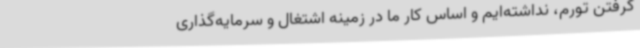
گرفتن تورم، نداشته‌ایم و اساس کار ما در زمینه اشتغال و سرمایه‌گذاری